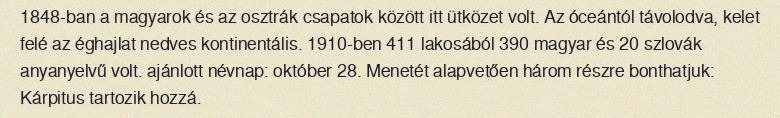
1848-ban a magyarok és az osztrák csapatok között itt ütközet volt. Az óceántól távolodva, kelet felé az éghajlat nedves kontinentális. 1910-ben 411 lakosából 390 magyar és 20 szlovák anyanyelvű volt. ajánlott névnap: október 28. Menetét alapvetően három részre bonthatjuk: Kárpitus tartozik hozzá.